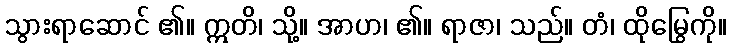
သွားရာဆောင် ၏။ ဣတိ၊ သို့။ အာဟ၊ ၏။ ရာဇာ၊ သည်။ တံ၊ ထိုမြွေကို။